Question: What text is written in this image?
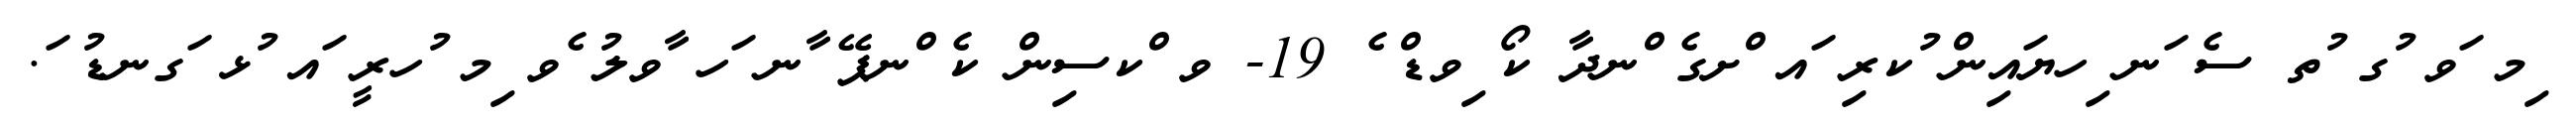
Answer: ިމ ަވ ުގ ުތ ސެ ަނ ިހޔައިން ުކރި ައ ްށގެ ްނދާ ކޯ ިވޑް ެ 19- ވ ްކސިން ކެ ްނޕޭ ާނ ަހ ާވލު ެވ ިމ ުހރީ ައ ުޅ ަގނޑު ަ.